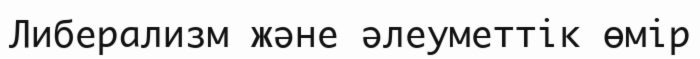
Либерализм және әлеуметтік өмір